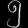
Digit: ၅